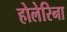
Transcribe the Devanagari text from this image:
होलेरिना